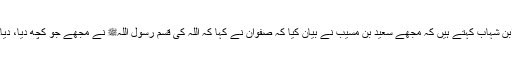
ابن شہاب کہتے ہیں کہ مجھے سعید بن مسیب نے بیان کیا کہ صفوان نے کہا کہ اللہ کی قسم رسول اللہﷺ نے مجھے جو کچھ دیا، دیا۔